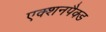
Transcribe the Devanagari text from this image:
एक्शनपैक्ड